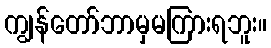
ကျွန်တော်ဘာမှမကြားရဘူး။